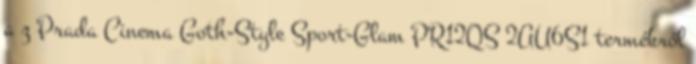
a z Prada Cinema Goth-Style Sport-Glam PR12QS 2AU6S1 termékről